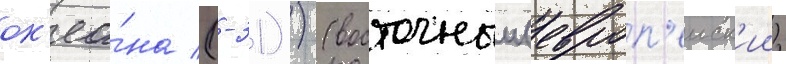
ок'еа́на (-31)) (восточныи (европ'еиск'ии)